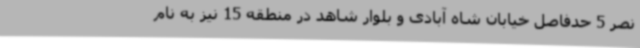
نصر 5 حدفاصل خیابان شاه آبادی و بلوار شاهد در منطقه 15 نیز به نام